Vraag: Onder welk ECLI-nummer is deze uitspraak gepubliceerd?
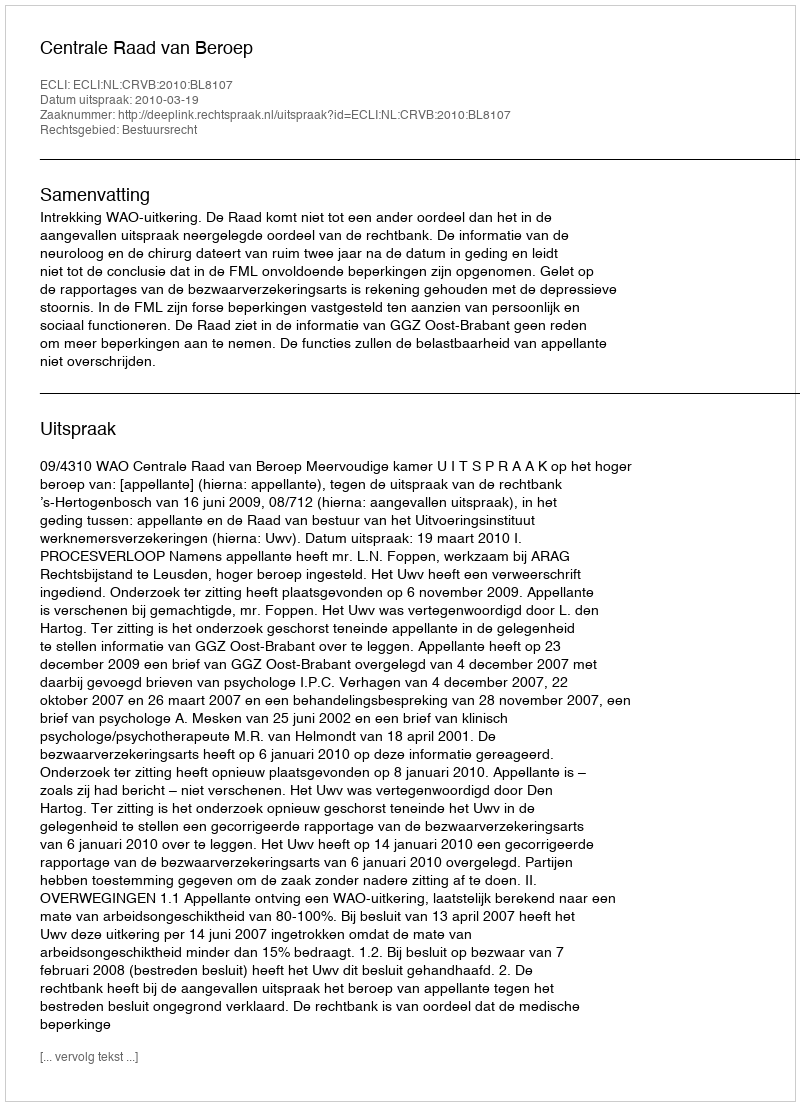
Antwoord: ECLI:NL:CRVB:2010:BL8107